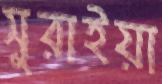
সুরাইয়া